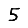
Digit: 5